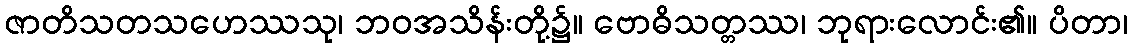
ဇာတိသတသဟေဿသု၊ ဘဝအသိန်းတို့၌။ ဗောဓိသတ္တဿ၊ ဘုရားလောင်း၏။ ပိတာ၊